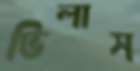
ভিলাস